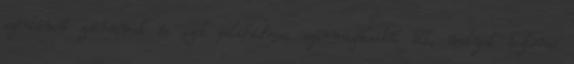
szénláncú zsírsavak és azok polihidroxi származékaiból áll, melyek észteres